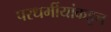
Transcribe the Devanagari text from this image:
परधर्मीयांकडून